Lunatic asylums Bombay report 1891-1903 - 1891-1903
Year: 1891
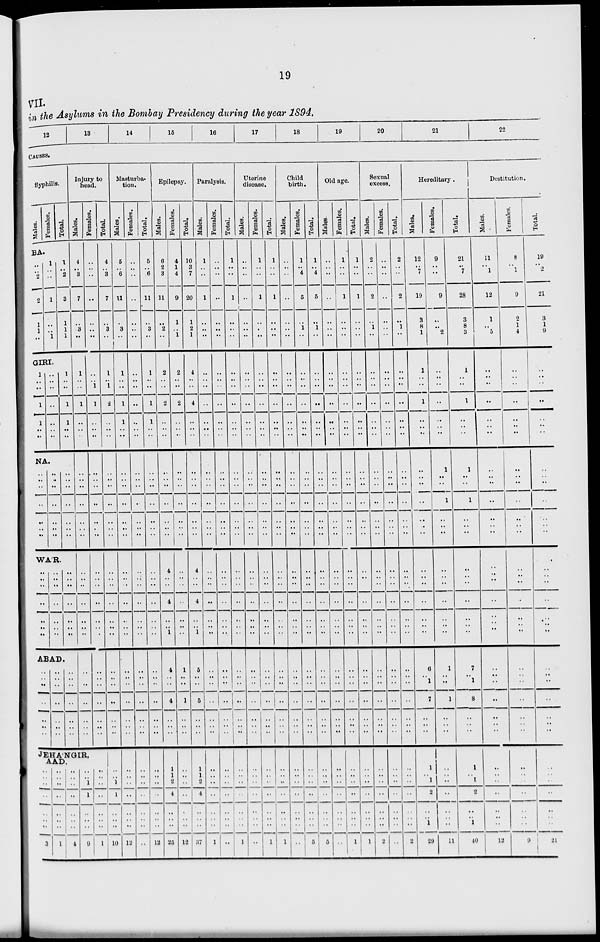
19
VII.
in the Asylums in the Bombay Presidency during the year 1894.
12
13
14
15
16
17
18
19
20
21
22
CAUSES.
Syphilis.
Males.
Females.
Total.
BA.
..
..
2
2
1
1
..
1
..
..
1
..
..
1
1
..
2
3
1
1
1
GIRI.
1
..
..
1
1
..
..
..
..
..
..
..
..
..
1
..
..
1
1
..
..
NA.
..
..
..
..
..
..
..
..
..
..
..
..
..
..
..
..
..
..
..
..
..
WA'R.
..
..
..
..
..
..
..
..
..
..
..
..
..
..
..
..
..
..
..
..
..
ABAD.
..
..
..
..
..
..
..
..
..
..
..
..
..
..
..
..
..
..
..
..
..
Injury to
head.
Males.
4
..
3
7
..
3
..
1
..
..
1
..
..
..
..
..
..
..
..
..
..
..
..
..
..
..
..
..
..
..
..
..
..
..
..
Females.
..
..
..
..
..
..
..
..
..
1
1
..
..
..
..
..
..
..
..
..
..
..
..
..
..
..
..
..
..
..
..
..
..
..
..
JEHA'NGIR,
AAD.
..
..
..
..
..
..
..
3
..
..
..
..
..
..
..
1
..
..
..
..
..
..
..
4
..
..
1
1
..
..
..
9
..
..
..
..
..
..
..
1
Total.
4
..
3
7
..
3
..
1
..
1
2
..
..
..
..
..
..
..
..
..
..
..
..
..
..
..
..
..
..
..
..
..
..
..
..
..
..
1
1
..
..
..
10
Masturba-
tion.
Males.
5
..
6
11
..
3
..
1
..
..
1
1
..
..
..
..
..
..
..
..
..
..
..
..
..
..
..
..
..
..
..
..
..
..
..
..
..
..
..
..
..
..
12
Females.
..
..
..
..
..
..
..
..
..
..
..
..
..
..
..
..
..
..
..
..
..
..
..
..
..
..
..
..
..
..
..
..
..
..
..
..
..
..
..
..
..
..
..
Total.
5
..
6
11
..
3
..
1
..
..
1
1
..
..
..
..
..
..
..
..
..
..
..
..
..
..
..
..
..
..
..
..
..
..
..
..
..
..
..
..
..
..
12
Epilepsy.
Males.
6
2
3
11
..
2
..
2
..
..
2
..
..
..
..
..
..
..
..
..
..
4
..
..
4
..
..
1
4
..
..
4
..
..
..
1
1
2
4
..
..
..
25
Females.
4
1
4
9
1
..
1
2
..
..
2
..
..
..
..
..
..
..
..
..
..
..
..
..
..
..
..
..
1
..
..
1
..
..
..
..
..
..
..
..
..
..
12
Total.
10
3
7
20
1
2
1
4
..
..
4
..
..
..
..
..
..
..
..
..
..
4
..
..
4
..
..
1
5
..
..
5
..
..
..
1
1
2
4
..
..
..
37
Paralysis.
Males.
1
..
..
1
..
..
..
..
..
..
..
..
..
..
..
..
..
..
..
..
..
..
..
..
..
..
..
..
..
..
..
..
..
..
..
..
..
..
..
..
..
..
1
Females.
..
..
..
..
..
..
..
..
..
..
..
..
..
..
..
..
..
..
..
..
..
..
..
..
..
..
..
..
..
..
..
..
..
..
..
..
..
..
..
..
..
..
..
Total.
1
..
..
1
..
..
..
..
..
..
..
..
..
..
..
..
..
..
..
..
..
..
..
..
..
..
..
..
..
..
..
..
..
..
..
..
..
..
..
..
..
..
1
Uterine
disease.
Males.
..
..
..
..
..
..
..
..
..
..
..
..
..
..
..
..
..
..
..
..
..
..
..
..
..
..
..
..
..
..
..
..
..
..
..
..
..
..
..
..
..
..
..
Females.
1
..
..
1
..
..
..
..
..
..
..
..
..
..
..
..
..
..
..
..
..
..
..
..
..
..
..
..
..
..
..
..
..
..
..
..
..
..
..
..
..
..
1
Total.
1
..
..
1
..
..
..
..
..
..
..
..
..
..
..
..
..
..
..
..
..
..
..
..
..
..
..
..
..
..
..
..
..
..
..
..
..
..
..
..
..
..
1
Child
birth.
Males.
..
..
..
..
..
..
..
..
..
..
..
..
..
..
..
..
..
..
..
..
..
..
..
..
..
..
..
..
..
..
..
..
..
..
..
..
..
..
..
..
..
..
..
Females.
1
..
4
5
..
1
..
..
..
..
..
..
..
..
..
..
..
..
..
..
..
..
..
..
..
..
..
..
..
..
..
..
..
..
..
..
..
..
..
..
..
..
5
Total.
1
..
4
5
..
1
..
..
..
..
..
..
..
..
..
..
..
..
..
..
..
..
..
..
..
..
..
..
..
..
..
..
..
..
..
..
..
..
..
..
..
..
5
Old age.
Males.
..
..
..
..
..
..
..
..
..
..
..
..
..
..
..
..
..
..
..
..
..
..
..
..
..
..
..
..
..
..
..
..
..
..
..
..
..
..
..
..
..
..
..
Females.
1
..
..
1
..
..
..
..
..
..
..
..
..
..
..
..
..
..
..
..
..
..
..
..
..
..
..
..
..
..
..
..
..
..
..
..
..
..
..
..
..
..
1
Total.
1
..
..
1
..
..
..
..
..
..
..
..
..
..
..
..
..
..
..
..
..
..
..
..
..
..
..
..
..
..
..
..
..
..
..
..
..
..
..
..
..
..
1
Sexual
excess.
Males.
2
..
..
2
..
1
..
..
..
..
..
..
..
..
..
..
..
..
..
..
..
..
..
..
..
..
..
..
..
..
..
..
..
..
..
..
..
..
..
..
..
..
2
Females.
..
..
..
..
..
..
..
..
..
..
..
..
..
..
..
..
..
..
..
..
..
..
..
..
..
..
..
..
..
..
..
..
..
..
..
..
..
..
..
..
..
..
..
Total.
2
..
..
2
..
1
..
..
..
..
..
..
..
..
..
..
..
..
..
..
..
..
..
..
..
..
..
..
..
..
..
..
..
..
..
..
..
..
..
..
..
..
2
Hereditary.
Males.
12
..
7
19
3
8
1
1
..
..
1
..
..
..
..
..
..
..
..
..
..
..
..
..
..
..
..
..
6
..
1
7
..
..
..
1
..
1
2
..
..
1
29
Females.
9
..
..
9
..
..
2
..
..
..
..
..
..
..
1
..
..
1
..
..
..
..
..
..
..
..
..
..
1
..
..
1
..
..
..
..
..
..
..
..
..
..
11
Total.
21
..
7
28
3
8
3
1
..
..
1
..
..
..
1
..
..
1
..
..
..
..
..
..
..
..
..
..
7
.. 1
8
..
..
..
1
..
1
2
..
..
1
40
Destitution.
Males.
11
..
1
12
1
..
5
..
..
..
..
..
..
..
..
..
..
..
..
..
..
..
..
..
..
..
..
..
..
..
..
..
..
..
..
..
..
..
..
..
..
..
12
Females.
8
..
1
9
2
1
4
..
..
..
..
..
..
..
..
..
..
..
..
..
..
..
..
..
..
..
..
..
..
..
..
..
..
..
..
..
..
..
..
..
..
..
9
Total.
19
..
2
21
3
1
9
..
..
..
..
..
..
..
..
..
..
..
..
..
..
..
..
..
..
..
..
..
..
..
..
..
..
..
..
..
..
..
..
..
..
..
21